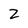
Character: Z